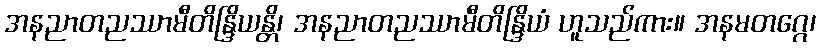
အနညာတညဿာမီတိန္ဒြိယန္တိ၊ အနညာတညဿာမီတိန္ဒြိယံ ဟူသည်ကား။ အနမတဂ္ဂေ၊